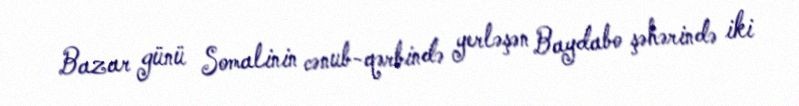
Bazar günü Somalinin cənub-qərbində yerləşən Baydabo şəhərində iki